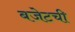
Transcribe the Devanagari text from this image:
बजेटची